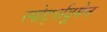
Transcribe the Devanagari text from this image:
स्पोर्ट्सवूमेन